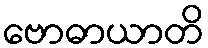
ဗောဓာယာတိ